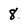
Character: 8